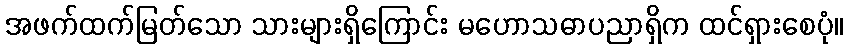
အဖက်ထက်မြတ်သော သားများရှိကြောင်း မဟောသဓာပညာရှိက ထင်ရှားစေပုံ။